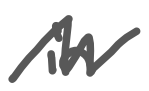
Text: in
Cross-out: zig-zag
Writing tool: digital_gray